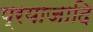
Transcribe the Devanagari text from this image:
प्रयाजादि